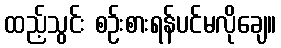
ထည့်သွင်း စဉ်းစားရန်ပင်မလိုချေ။